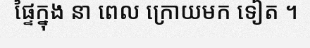
ផ្ទៃក្នុង នា ពេល ក្រោយមក ទៀត ។